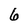
Character: 6